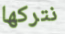
نتركها